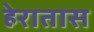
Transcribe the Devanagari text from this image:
हेरातास